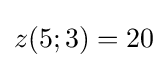
z(5;3)=20